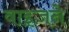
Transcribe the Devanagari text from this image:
वाइज़ने